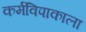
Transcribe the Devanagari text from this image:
कर्मविपाकाला